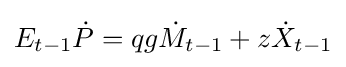
E_{t-1}{\dot {P}}=qg{\dot {M}}_{t-1}+z{\dot {X}}_{t-1}